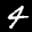
Label: 4